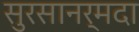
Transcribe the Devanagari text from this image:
सुरसानर्मदा